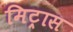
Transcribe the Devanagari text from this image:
मिट्रास